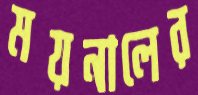
ময়নালের